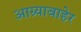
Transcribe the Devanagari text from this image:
आग्र्याबाहेर